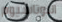
البوتاسيوم